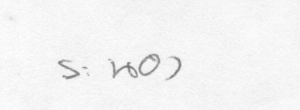
ระนอง